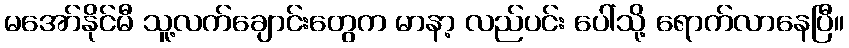
မအော်နိုင်မီ သူ့လက်ချောင်းတွေက မာနာ့ လည်ပင်း ပေါ်သို့ ရောက်လာနေပြီ။